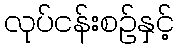
လုပ်ငန်းစဉ်နှင့်